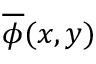
\overline { { \phi } } ( x , y )